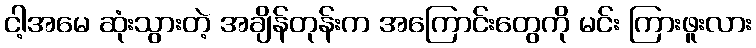
ငါ့အမေ ဆုံးသွားတဲ့ အချိန်တုန်းက အကြောင်းတွေကို မင်း ကြားဖူးလား